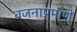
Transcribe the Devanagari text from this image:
वजनाप्रमाणें